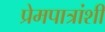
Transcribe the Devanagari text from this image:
प्रेमपात्रांशी